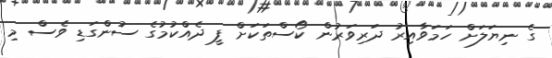
ގެ ނިޔަލަށް ހަމަވާއިރު ދަރިވަރުން ކޯސްތަކަށް ފީ ދެއްކުމުގެ ސުންގަޑި ވެސް މި